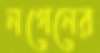
নগেনের